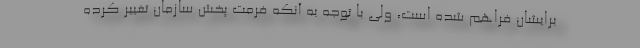
برایشان فراهم شده است، ولی با توجه به آنکه فرمت پخش سازمان تغییر کرده